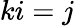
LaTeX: ki=j